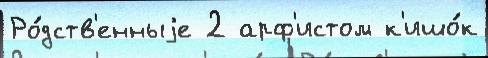
Ро́дств'енныjе 2 арф'истом к'ишо́к